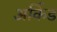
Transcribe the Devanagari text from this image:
अर्किड